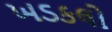
ખડકલો